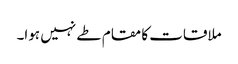
ملاقات کا مقام طے نہیں ہوا۔